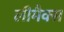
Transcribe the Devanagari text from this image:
लीमैक्स